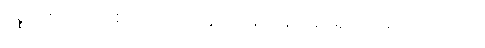
ပစ္စည်းမျိုးစုံကို စတိုးဆိုင်တွေကနေ ပြန်လည်ရုပ်သိမ်းခဲ့ရပါတယ်။